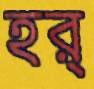
হর্